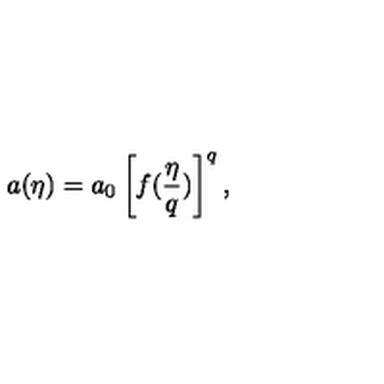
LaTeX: a ( \eta ) = a _ { 0 } \left[ f ( { \frac { \eta } { q } } ) \right] ^ { q } ,